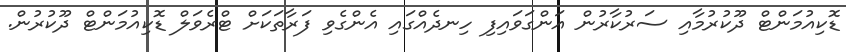
ޑޮކިއުމަންޓް ދޫކުރުމާއި ސަރުކާރުން އަންގަވައިފި ހިނދެއްގައި އެންގެވި ފަރާތަކަށް ޓްރެވަލް ޑޮކިއުމަންޓް ދޫކުރުން.